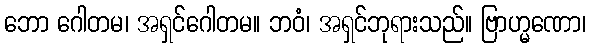
ဘော ဂေါတမ၊ အရှင်ဂေါတမ။ ဘဝံ၊ အရှင်ဘုရားသည်။ ဗြာဟ္မဏော၊